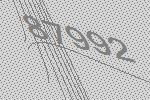
87992